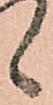
候